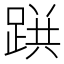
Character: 𨂚